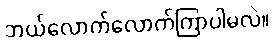
ဘယ်လောက်လောက်ကြာပါမလဲ။